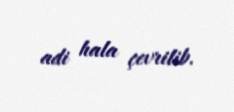
adi hala çevrilib.